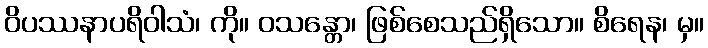
ဝိပဿနာပရိဝါသံ၊ ကို။ ဝသန္တော၊ ဖြစ်စေသည်ရှိသော။ စိရေန၊ မှ။